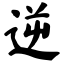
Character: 逆